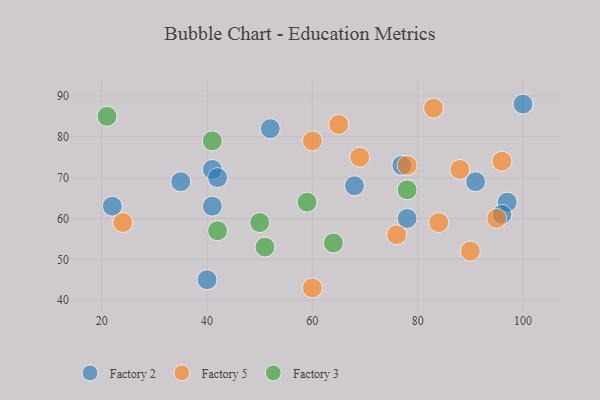
{"axis": {"x": "GDP", "y": "Life Expectancy"}, "legend": ["Factory 2", "Factory 3", "Factory 5"], "data": [{"x": "97", "y": 64, "type": "Factory 2"}, {"x": "96", "y": 61, "type": "Factory 2"}, {"x": "41", "y": 72, "type": "Factory 2"}, {"x": "40", "y": 45, "type": "Factory 2"}, {"x": "78", "y": 60, "type": "Factory 2"}, {"x": "77", "y": 73, "type": "Factory 2"}, {"x": "91", "y": 69, "type": "Factory 2"}, {"x": "100", "y": 88, "type": "Factory 2"}, {"x": "52", "y": 82, "type": "Factory 2"}, {"x": "22", "y": 63, "type": "Factory 2"}, {"x": "35", "y": 69, "type": "Factory 2"}, {"x": "41", "y": 63, "type": "Factory 2"}, {"x": "42", "y": 70, "type": "Factory 2"}, {"x": "68", "y": 68, "type": "Factory 2"}, {"x": "84", "y": 59, "type": "Factory 5"}, {"x": "60", "y": 79, "type": "Factory 5"}, {"x": "69", "y": 75, "type": "Factory 5"}, {"x": "83", "y": 87, "type": "Factory 5"}, {"x": "60", "y": 43, "type": "Factory 5"}, {"x": "65", "y": 83, "type": "Factory 5"}, {"x": "88", "y": 72, "type": "Factory 5"}, {"x": "90", "y": 52, "type": "Factory 5"}, {"x": "24", "y": 59, "type": "Factory 5"}, {"x": "76", "y": 56, "type": "Factory 5"}, {"x": "96", "y": 74, "type": "Factory 5"}, {"x": "95", "y": 60, "type": "Factory 5"}, {"x": "78", "y": 73, "type": "Factory 5"}, {"x": "21", "y": 85, "type": "Factory 3"}, {"x": "41", "y": 79, "type": "Factory 3"}, {"x": "78", "y": 67, "type": "Factory 3"}, {"x": "51", "y": 53, "type": "Factory 3"}, {"x": "42", "y": 57, "type": "Factory 3"}, {"x": "64", "y": 54, "type": "Factory 3"}, {"x": "59", "y": 64, "type": "Factory 3"}, {"x": "50", "y": 59, "type": "Factory 3"}]}